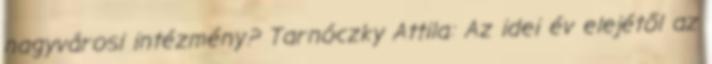
nagyvárosi intézmény? Tarnóczky Attila: Az idei év elejétől az